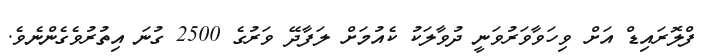
ފްލޮރައިޑް އަށް ވިހަވާވަރުވަނީ ދުވާލަކު ކެއުމަށް ލަފާދޭ ވަރުގެ 2500 ގުނަ އިތުރުވެގެންނެވެ.